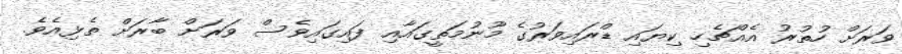
ވަރަށް ހުތުރު އެއްޗެހި ކިޔައި ޑްރައިވަރުގެ މޫނުމަތީގައާއި ފައިގައިވެސް ވަރަށް ބާރަށް ތެޅިއެވެ.